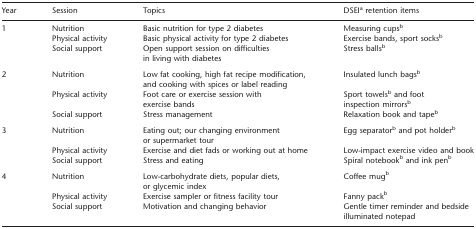
<table><thead><tr><td><b>Year</b></td><td><b>Session</b></td><td><b>Topics</b></td><td><b>DSEI<sup>a</sup>retention items</b></td></tr></thead><tbody><tr><td rowspan="3">1</td><td>Nutrition</td><td>Basic nutrition for type 2diabetes</td><td>Measuring cups<sup>b</sup></td></tr><tr><td>Physical activity</td><td>Basic physical activity for type 2diabetes</td><td>Exercise bands, sportsocks<sup>b</sup></td></tr><tr><td>Social support</td><td>Open support session on difficultiesin living with diabetes</td><td>Stress balls<sup>b</sup></td></tr><tr><td rowspan="3">2</td><td>Nutrition</td><td>Low fat cooking, high fat recipemodification, and cooking with spices or label reading</td><td>Insulated lunch bags<sup>b</sup></td></tr><tr><td>Physical activity</td><td>Foot care or exercise session withexercise bands</td><td>Sport towels<sup>b</sup> and foot inspectionmirrors<sup>b</sup></td></tr><tr><td>Social support</td><td>Stress management</td><td>Relaxation book and tape<sup>b</sup></td></tr><tr><td rowspan="3">3</td><td>Nutrition</td><td>Eating out; our changing environmentor supermarket tour</td><td>Egg separator<sup>b</sup> and pot holder<sup>b</sup></td></tr><tr><td>Physical activity</td><td>Exercise and diet fads or workingout at home</td><td>Low-impact exercise video andbook</td></tr><tr><td>Social support</td><td>Stress and eating</td><td>Spiral notebook<sup>b</sup> and ink pen<sup>b</sup></td></tr><tr><td rowspan="3">4</td><td>Nutrition</td><td>Low-carbohydrate diets, populardiets, or glycemic index</td><td>Coffee mug<sup>b</sup></td></tr><tr><td>Physical activity</td><td>Exercise sampler or fitness facilitytour</td><td>Fanny pack<sup>b</sup></td></tr><tr><td>Social support</td><td>Motivation and changingbehavior</td><td>Gentle timer reminder and bedsideilluminated notepad</td></tr></tbody></table>